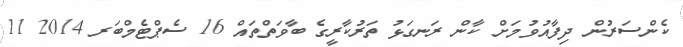
ކެންސަރުން ދިފާއުވުމަށް ކާން ރަނގަޅު ތަރުކާރީގެ ބާވަތްތައް 16 ސެޕްޓެމްބަރ 2014 11